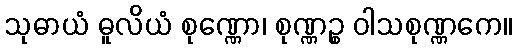
သုဓာယံ ဓူလိယံ စုဏ္ဏော၊ စုဏ္ဏဉ္စ ဝါသစုဏ္ဏကေ။